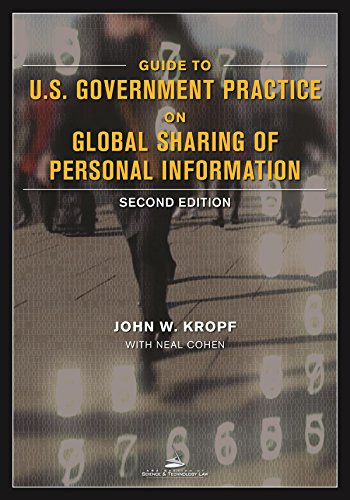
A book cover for Guide to U.S. Government Practice on Global Sharing of Personal Information; John W. Kropf; Law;